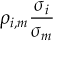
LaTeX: \rho _ { i , m } { \frac { \sigma _ { i } } { \sigma _ { m } } }